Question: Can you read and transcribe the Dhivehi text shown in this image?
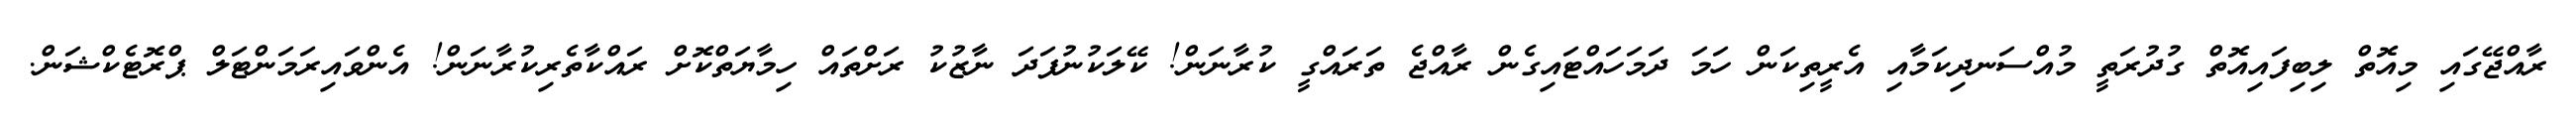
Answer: ރާއްޖޭގައި މިއޮތް ލިބިފައިއޮތް ގުދުރަތީ މުއްސަނދިކަމާއި އެރީތިކަން ހަމަ ދަމަހައްޓައިގެން ރާއްޖެ ތަރައްގީ ކުރާނަން! ކޭލަކުނުފަދަ ނާޒުކު ރަށްތައް ހިމާޔަތްކޮށް ރައްކާތެރިކުރާނަން! އެންވައިރަމަންޓަލް ޕްރޮޓެކްޝަން.